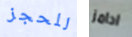
للحجز ادامز